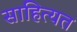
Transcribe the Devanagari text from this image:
साहित्यत